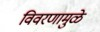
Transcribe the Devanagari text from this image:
विवरणामुळे